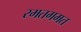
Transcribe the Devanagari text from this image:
रमतगमत